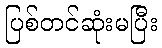
ပြစ်တင်ဆုံးမပြီး